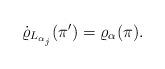
LaTeX: \begin{align*} \dot{\varrho}_{L_{\alpha_j}}(\pi^{\prime})=\varrho_{\alpha}(\pi). \end{align*}